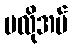
မလိုအပ်